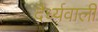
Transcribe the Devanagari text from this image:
दैर्ध्यवाली